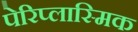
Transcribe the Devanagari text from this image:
पेरिप्लास्मिक